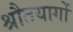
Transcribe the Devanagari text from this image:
श्रौतयागों